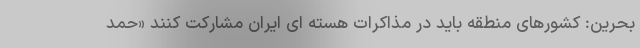
بحرین: کشورهای منطقه باید در مذاکرات هسته ای ایران مشارکت کنند «حمد